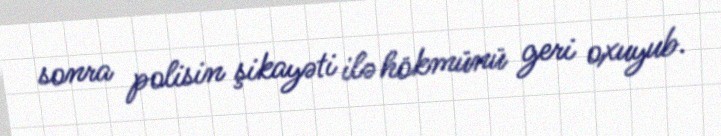
sonra polisin şikayəti ilə hökmünü geri oxuyub.